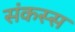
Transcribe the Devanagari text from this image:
संकस्स